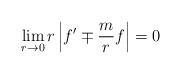
LaTeX: \begin{align*} \lim_{r \to 0} r \left| f' \mp \frac mr f \right| = 0\end{align*}